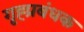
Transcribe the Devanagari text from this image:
गृह्प्रबंधक